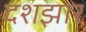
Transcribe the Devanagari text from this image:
दशझार